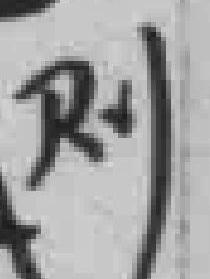
则